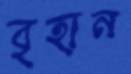
বৃহান